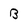
Character: B